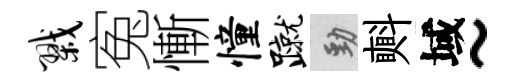
戮寃慚憧蹴勁㪺域~